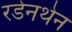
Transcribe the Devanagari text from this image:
रडेनथेन